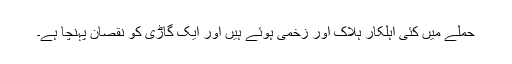
حملے میں کئی اہلکار ہلاک اور زخمی ہوئے ہیں اور ایک گاڑی کو نقصان پہنچا ہے۔